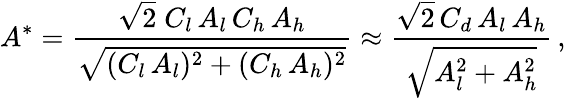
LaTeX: A^{*}=\frac{\sqrt{2}\; C_{l}\, A_{l}\, C_{h}\, A_{h}}{\sqrt{(C_{l}\, A_{l})^{2}+(C_{h}\, A_{h})^{2}}}\approx\frac{\sqrt{2}\, C_{d}\, A_{l}\, A_{h}}{\sqrt{A_{l}^{2}+A_{h}^{2}}}\, ,